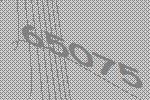
65075